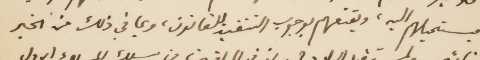
فيستميلهم اليه، ويقنعهم بوجوب التقيد للقانون، وبما في ذلك من الخير